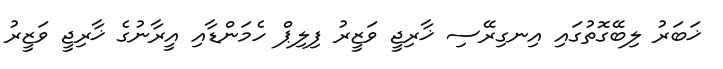
ޚަބަރު ލިބޭގޮތުގައި އިނގިރޭސި ޚާރިޖީ ވަޒީރު ފިލިޕް ހެމަންޑާއި އީރާނުގެ ޚާރިޖީ ވަޒީރު